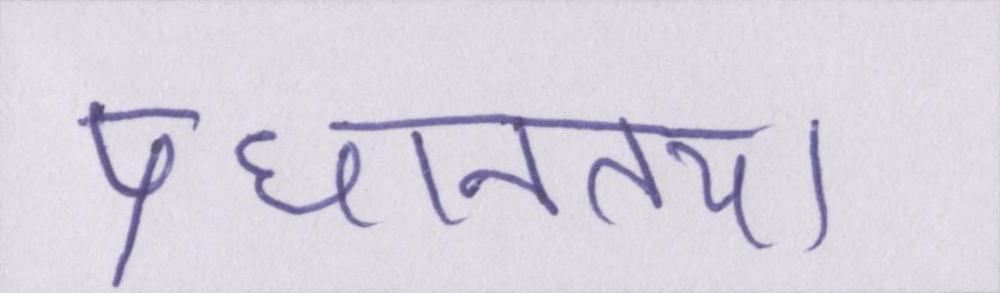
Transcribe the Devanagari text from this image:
प्रधानतया